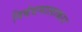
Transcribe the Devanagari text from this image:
निबंधमालाकार